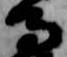
馬